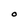
Character: O